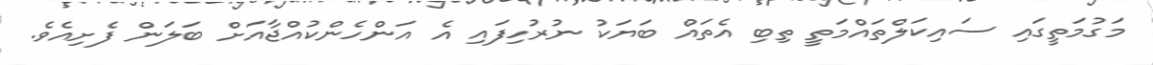
މަގުމަތީގައި ސައިކަލްތައްމަތީ ތިބި އެތައް ބަޔަކު ނުރުހިފައި އެ އަންހެންކުއްޖާއަށް ބަލަން ފެށިއެވެ.